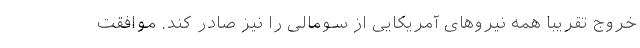
خروج تقریبا همه نیروهای آمریکایی از سومالی را نیز صادر کند. موافقت